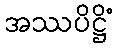
အဿပိဋ္ဌိံ